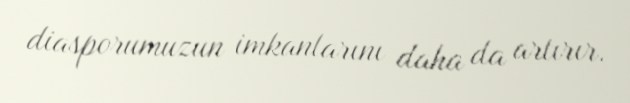
diasporumuzun imkanlarını daha da artırır.